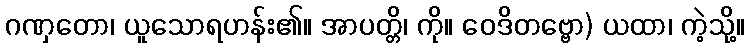
ဂဏှတော၊ ယူသောရဟန်း၏။ အာပတ္တိ၊ ကို။ ဝေဒိတဗ္ဗော) ယထာ၊ ကဲ့သို့။